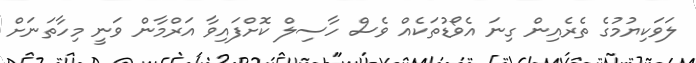
ލަވަކިޔުމުގެ ތެރެއިން ގިނަ އެވޯޑުތަކެއް ވެސް ހާސިލް ކޮށްފައިވާ އަރްމާން ވަނީ މިހާތަނަށް